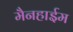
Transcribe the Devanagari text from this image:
मैनहाईम